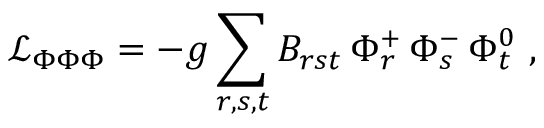
\mathcal { L } _ { \Phi \Phi \Phi } = - g \sum _ { r , s , t } B _ { r s t } \, \Phi _ { r } ^ { + } \, \Phi _ { s } ^ { - } \, \Phi _ { t } ^ { 0 } \, \, ,